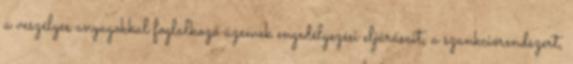
a veszélyes anyagokkal foglalkozó üzemek engedélyezési eljárásait, a szankciórendszert,